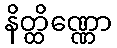
နိတ္ထိဏ္ဏော